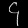
Digit: ၄